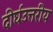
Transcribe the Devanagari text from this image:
दीर्घउत्तरीय